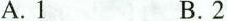
A.1 B.2